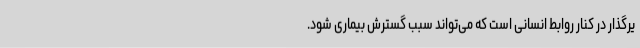
یرگذار در کنار روابط انسانی است که می‌تواند سبب گسترش بیماری شود.